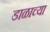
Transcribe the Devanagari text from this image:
डाळाच्या